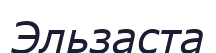
Эльзаста